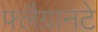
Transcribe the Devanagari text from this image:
फ्लैग्रानटे